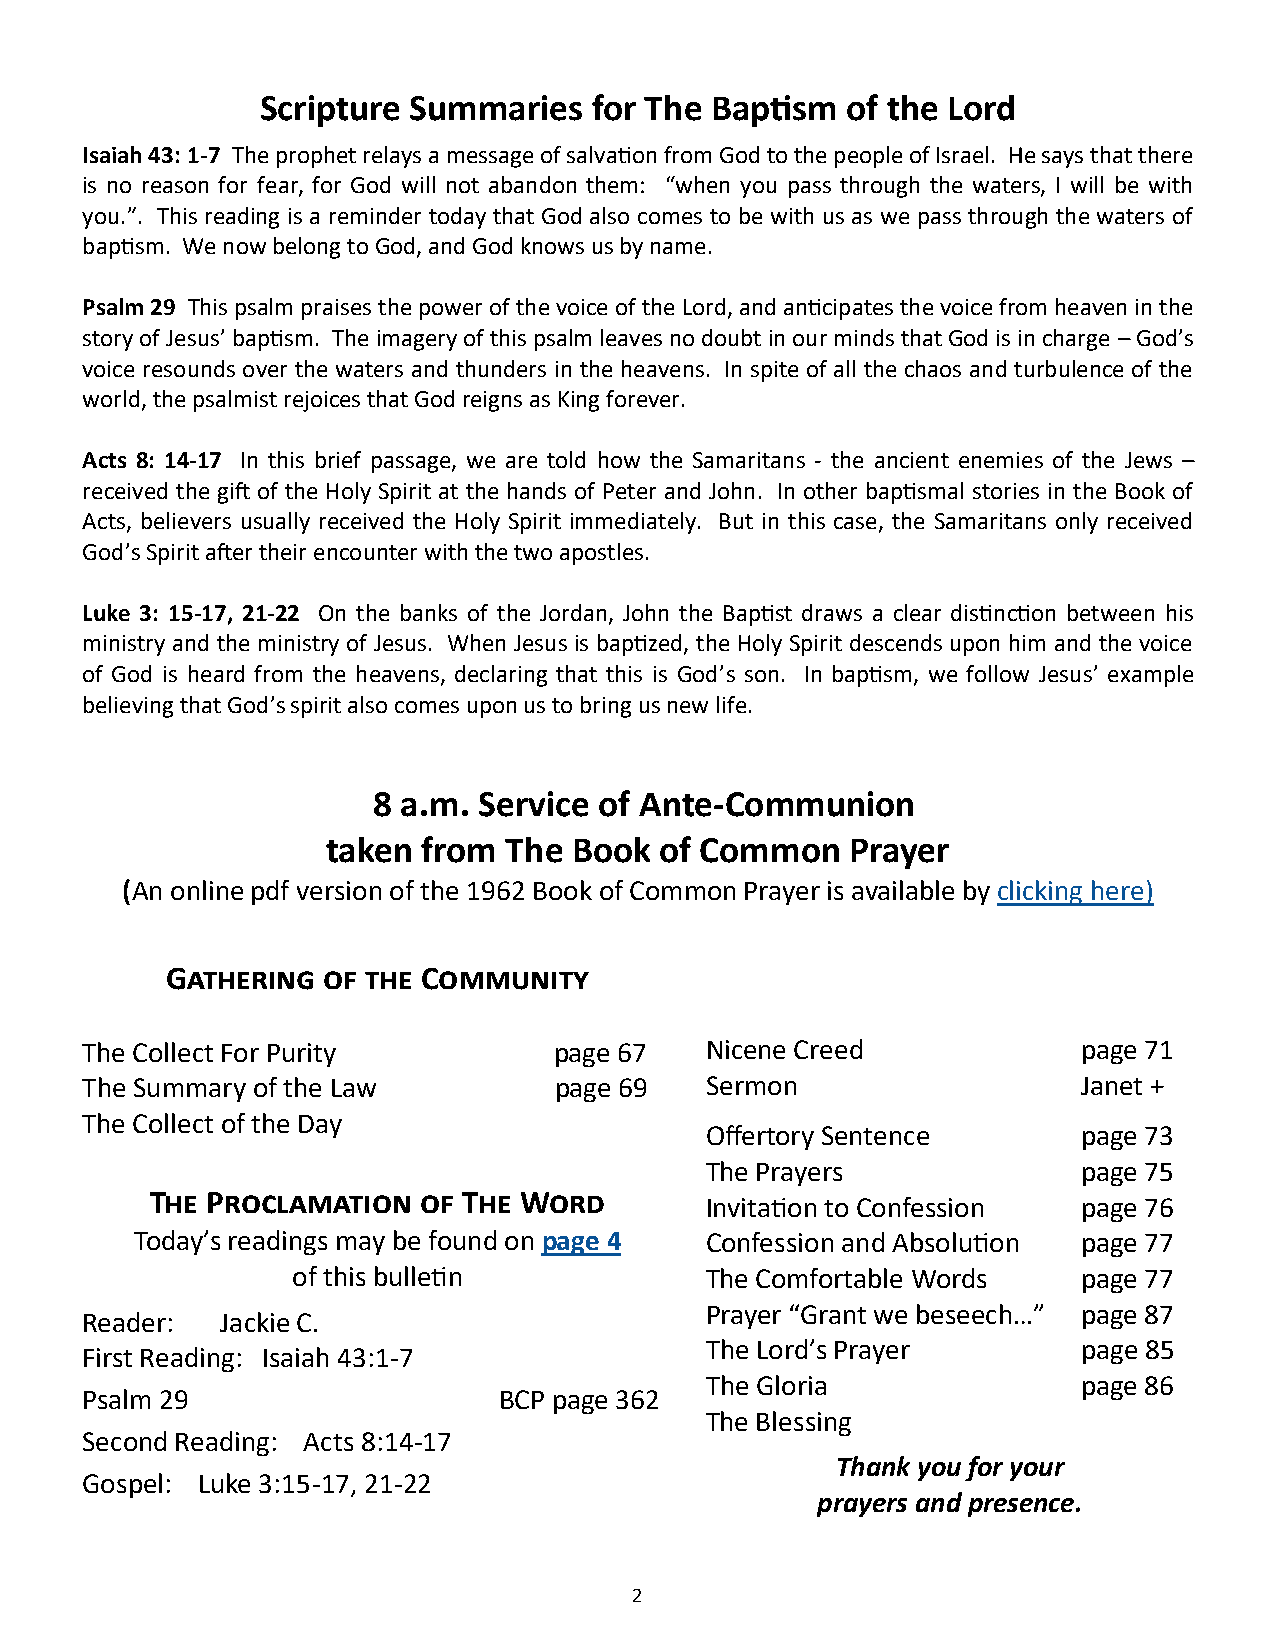
Scripture Summaries   for The Baptism  of the Lord
 Isaiah 43: 1-7 The prophet relays a message of salvation from God to the people of Israel. He says that there
 is no reason for fear, for God will not abandon them: “when you pass through the waters, I will be with
 you.”. This reading is a reminder today that God also comes to be with us as we pass through the waters of
 baptism. We now belong to God, and God knows us by name.
 Psalm 29 This psalm praises the power of the voice of the Lord, and anticipates the voice from heaven in the
 story of Jesus’ baptism. The imagery of this psalm leaves no doubt in our minds that God is in charge – God’s
 voice resounds over the waters and thunders in the heavens. In spite of all the chaos and turbulence of the
 world, the psalmist rejoices that God reigns as King forever.
 Acts 8: 14-17 In this brief passage, we are told how the Samaritans - the ancient enemies of the Jews –
 received the gift of the Holy Spirit at the hands of Peter and John. In other baptismal stories in the Book of
 Acts, believers usually received the Holy Spirit immediately. But in this case, the Samaritans only received
 God’s Spirit after their encounter with the two apostles.
 Luke 3: 15-17, 21-22 On the banks of the Jordan, John the Baptist draws a clear distinction between his
 ministry and the ministry of Jesus. When Jesus is baptized, the Holy Spirit descends upon him and the voice
 of God is heard from the heavens, declaring that this is God’s son. In baptism, we follow Jesus’ example
 believing that God’s spirit also comes upon us to bring us new life.
 8 a.m. Service of Ante-Communion
 taken from The  Book  of Common   Prayer
 (An online pdf version of the 1962 Book of Common Prayer is available by clicking here)
 Gathering of the Community
 The Collect For Purity          page 67   Nicene Creed             page 71
 The Summary of the Law          page 69   Sermon                   Janet +
 The Collect of the Day
 Offertory Sentence       page 73
 The Prayers              page 75
 The Proclamation  of The Word
 Invitation to Confession page 76
 Today’s readings may be found on page 4 Confession and Absolution page 77
 of this bulletin            The Comfortable Words    page 77
 Prayer “Grant we beseech…” page 87
 Reader:   Jackie C.
 The Lord’s Prayer        page 85
 First Reading: Isaiah 43:1-7
 The Gloria               page 86
 Psalm 29                    BCP page 362
 The Blessing
 Second Reading: Acts 8:14-17
 Thank you for your
 Gospel: Luke 3:15-17, 21-22
 prayers and presence.
 2